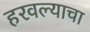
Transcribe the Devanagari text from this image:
हरवल्याचा